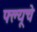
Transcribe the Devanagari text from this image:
फ्ल्यूचे